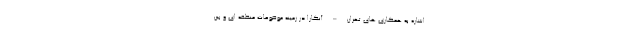
اشاره به همکاری های تهران – آنکارا در زمینه موضوعات منطقه ای و بین